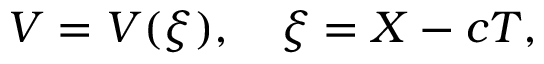
V = V ( \xi ) , \quad \xi = X - c T ,